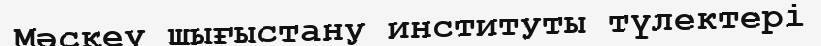
Мәскеу шығыстану институты түлектері